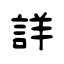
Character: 詳